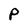
Character: p